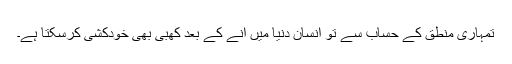
تمہاری منطق کے حساب سے تو انسان دنیا میں آنے کے بعد کھبی بھی خودکشی کرسکتا ہے۔